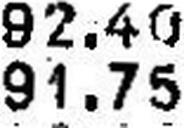
91.75